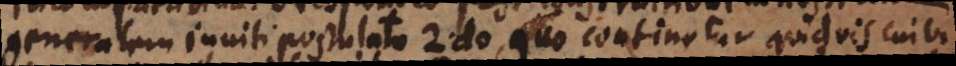
generalem inniti postulato 2, quo continetur quidvis cuivis